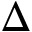
\Delta